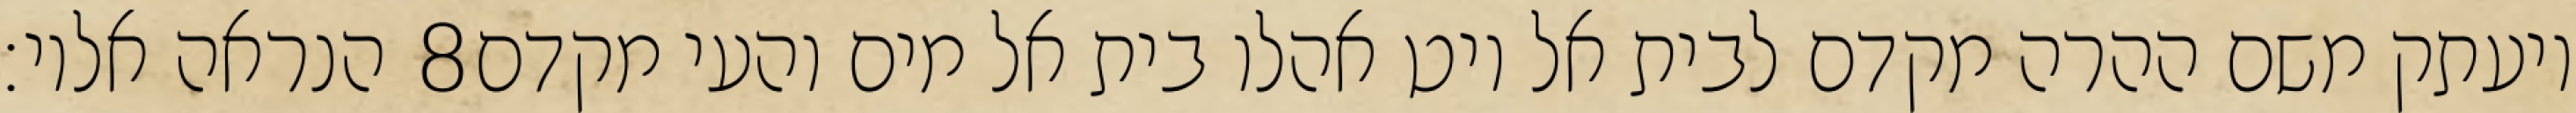
הנראה אליו׃ ‎8‏ ויעתק משם ההרה מקדם לבית אל ויט אהלו בית אל מים והעי מקדם